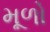
મૂળો